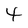
Character: 4